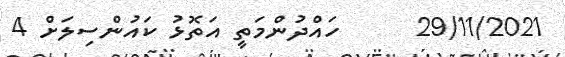
29/11/2021      ހައްދުންމަތީ އަތޮޅު ކައުންސިލަށް 4